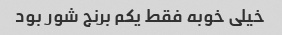
خیلی خوبه فقط یکم برنج شور بود